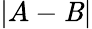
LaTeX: \left|A-\mathit{B}\right|